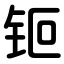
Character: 钷